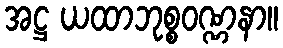
အဋ္ဌ ယထာဘုစ္စဝဏ္ဏနာ။